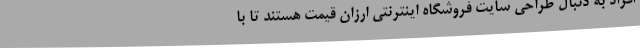
افراد به دنبال طراحی سایت فروشگاه اینترنتی ارزان قیمت هستند تا با